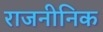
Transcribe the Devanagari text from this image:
राजनीनिक